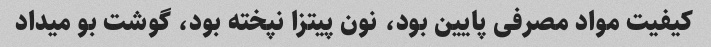
کیفیت مواد مصرفی پایین بود، نون پیتزا نپخته بود، گوشت بو میداد